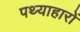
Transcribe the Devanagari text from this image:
पथ्याहारों